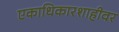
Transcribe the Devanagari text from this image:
एकाधिकारशाहीवर